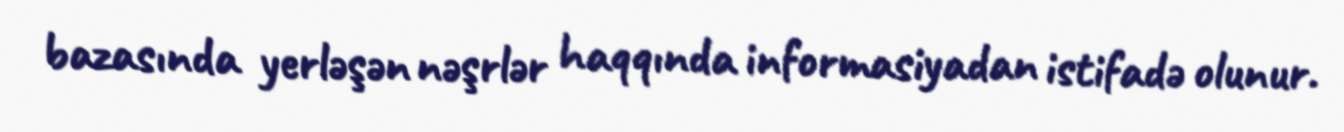
bazasında yerləşən nəşrlər haqqında informasiyadan istifadə olunur.